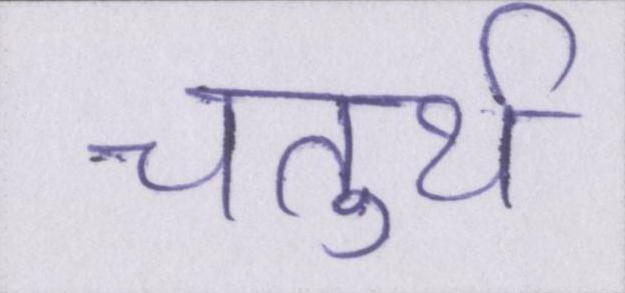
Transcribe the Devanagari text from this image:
चतुर्थ